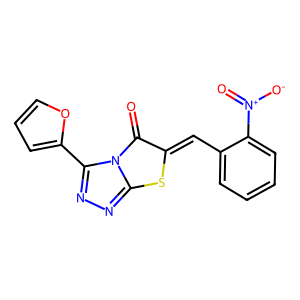
SMILES: O=c1c(=Cc2ccccc2[N+](=O)[O-])sc2nnc(-c3ccco3)n12
Inhibits HIV replication: No